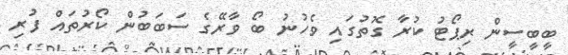
ބީބީސީން ރިޕޯޓު ކުރާ ގޮތުގައި ވެހުނު ބޯ ވާރޭގެ ސަބަބުން ކޯރުތައް ފުރި